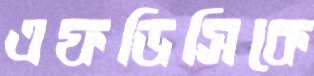
এফডিসিকে